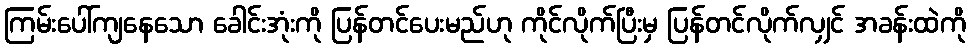
ကြမ်းပေါ်ကျနေသော ခေါင်းအုံးကို ပြန်တင်ပေးမည်ဟု ကိုင်လိုက်ပြီးမှ ပြန်တင်လိုက်လျှင် အခန်းထဲကို